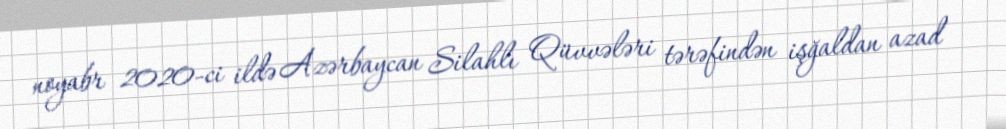
noyabr 2020-ci ildə Azərbaycan Silahlı Qüvvələri tərəfindən işğaldan azad